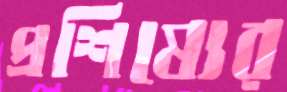
প্রশিষ্যের